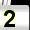
Digit: 2